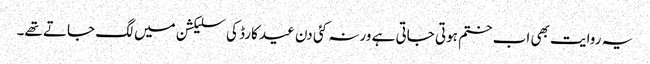
یہ روایت بھی اب ختم ہوتی جاتی ہے ورنہ کئی دن عید کارڈ کی سلیکشن میں لگ جاتے تھے۔